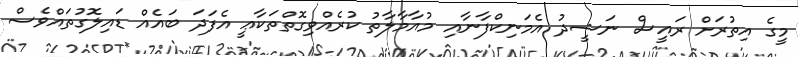
މީގެ އިތުރަށް ރައީސް ނަޝީދު އެމަނިކްފާނާއި މުއާމާލާތު ކުރެއްވިގޮތްތަކާޢީ އެފަދަ ބައެއް ޑައިލޮގުތައްވެސް